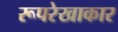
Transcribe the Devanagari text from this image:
रूपरेखाकार